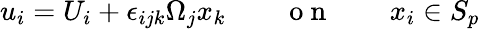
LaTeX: u_{i}=U_{i}+\epsilon_{ijk}\Omega_{j}x_{k}\qquad\mathrm{~o~n~}\qquad x_{i}\in S_{p}